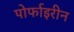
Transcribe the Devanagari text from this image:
पोर्फाइरीन